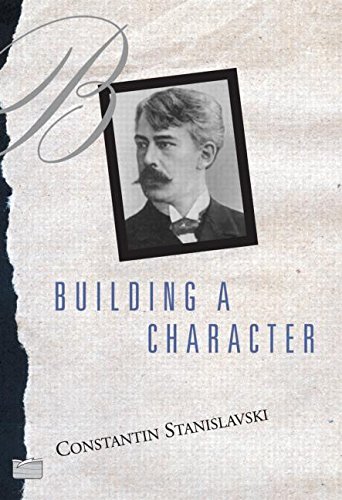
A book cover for Building A Character; Constantin Stanislavski; Humor & Entertainment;